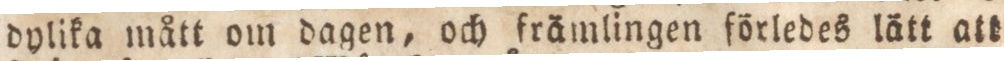
dylika mått om dagen, och främlingen förledes lätt att